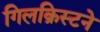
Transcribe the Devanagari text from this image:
गिलक्रिस्टने